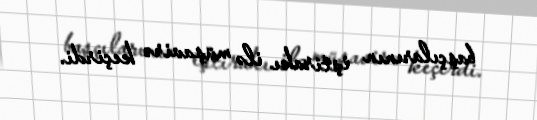
başçılarının iştirakı ilə müşavirə keçirdi.